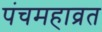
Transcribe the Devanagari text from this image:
पंचमहाव्रत